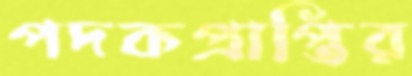
পদকপ্রাপ্তির